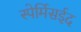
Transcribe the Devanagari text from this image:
स्पेर्मिसईद